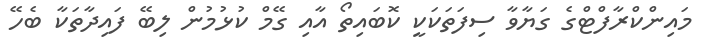
މައިންކްރާފްޓްގެ ގަޔާވާ ސިފަތަކަކީ ކޮބައިތޯ އާއި ގޭމް ކުޅުމުން ލިބޭ ފައިދާތަކާ ބެހޭ